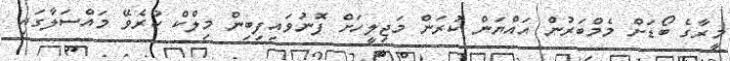
މީރާގެ ބޯޑަށް މެމްބަރުން އައްޔަން ކުރަން މަޖިލީހަށް ފޮނުވައިފިބިން މިލްކް ކުރެވޭ މައްސަލާގައި